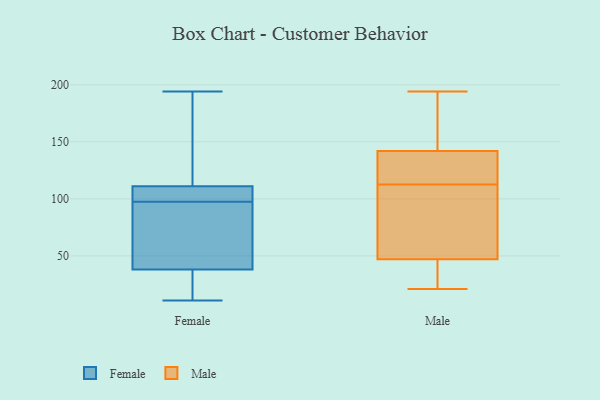
{"axis": {"x": "Bounce Rate (%)", "y": "Value"}, "legend": ["Female", "Male"], "data": [{"x": "", "y": 99, "type": "Female"}, {"x": "", "y": 38, "type": "Female"}, {"x": "", "y": 75, "type": "Female"}, {"x": "", "y": 111, "type": "Female"}, {"x": "", "y": 11, "type": "Female"}, {"x": "", "y": 111, "type": "Female"}, {"x": "", "y": 194, "type": "Female"}, {"x": "", "y": 163, "type": "Female"}, {"x": "", "y": 18, "type": "Female"}, {"x": "", "y": 96, "type": "Female"}, {"x": "", "y": 103, "type": "Male"}, {"x": "", "y": 68, "type": "Male"}, {"x": "", "y": 26, "type": "Male"}, {"x": "", "y": 139, "type": "Male"}, {"x": "", "y": 122, "type": "Male"}, {"x": "", "y": 144, "type": "Male"}, {"x": "", "y": 47, "type": "Male"}, {"x": "", "y": 142, "type": "Male"}, {"x": "", "y": 21, "type": "Male"}, {"x": "", "y": 194, "type": "Male"}]}